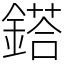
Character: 鎝